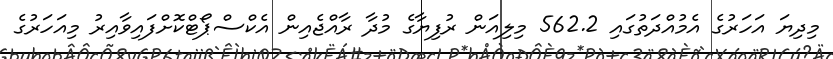
މިދިޔަ އަހަރުގެ އެމުއްދަތުގައި 562.2 މިލިއަން ރުފިޔާގެ މުދާ ރާއްޖެއިން އެކްސްޕޯޓްކޮށްފައިވާއިރު މިއަހަރުގެ